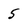
Character: 5